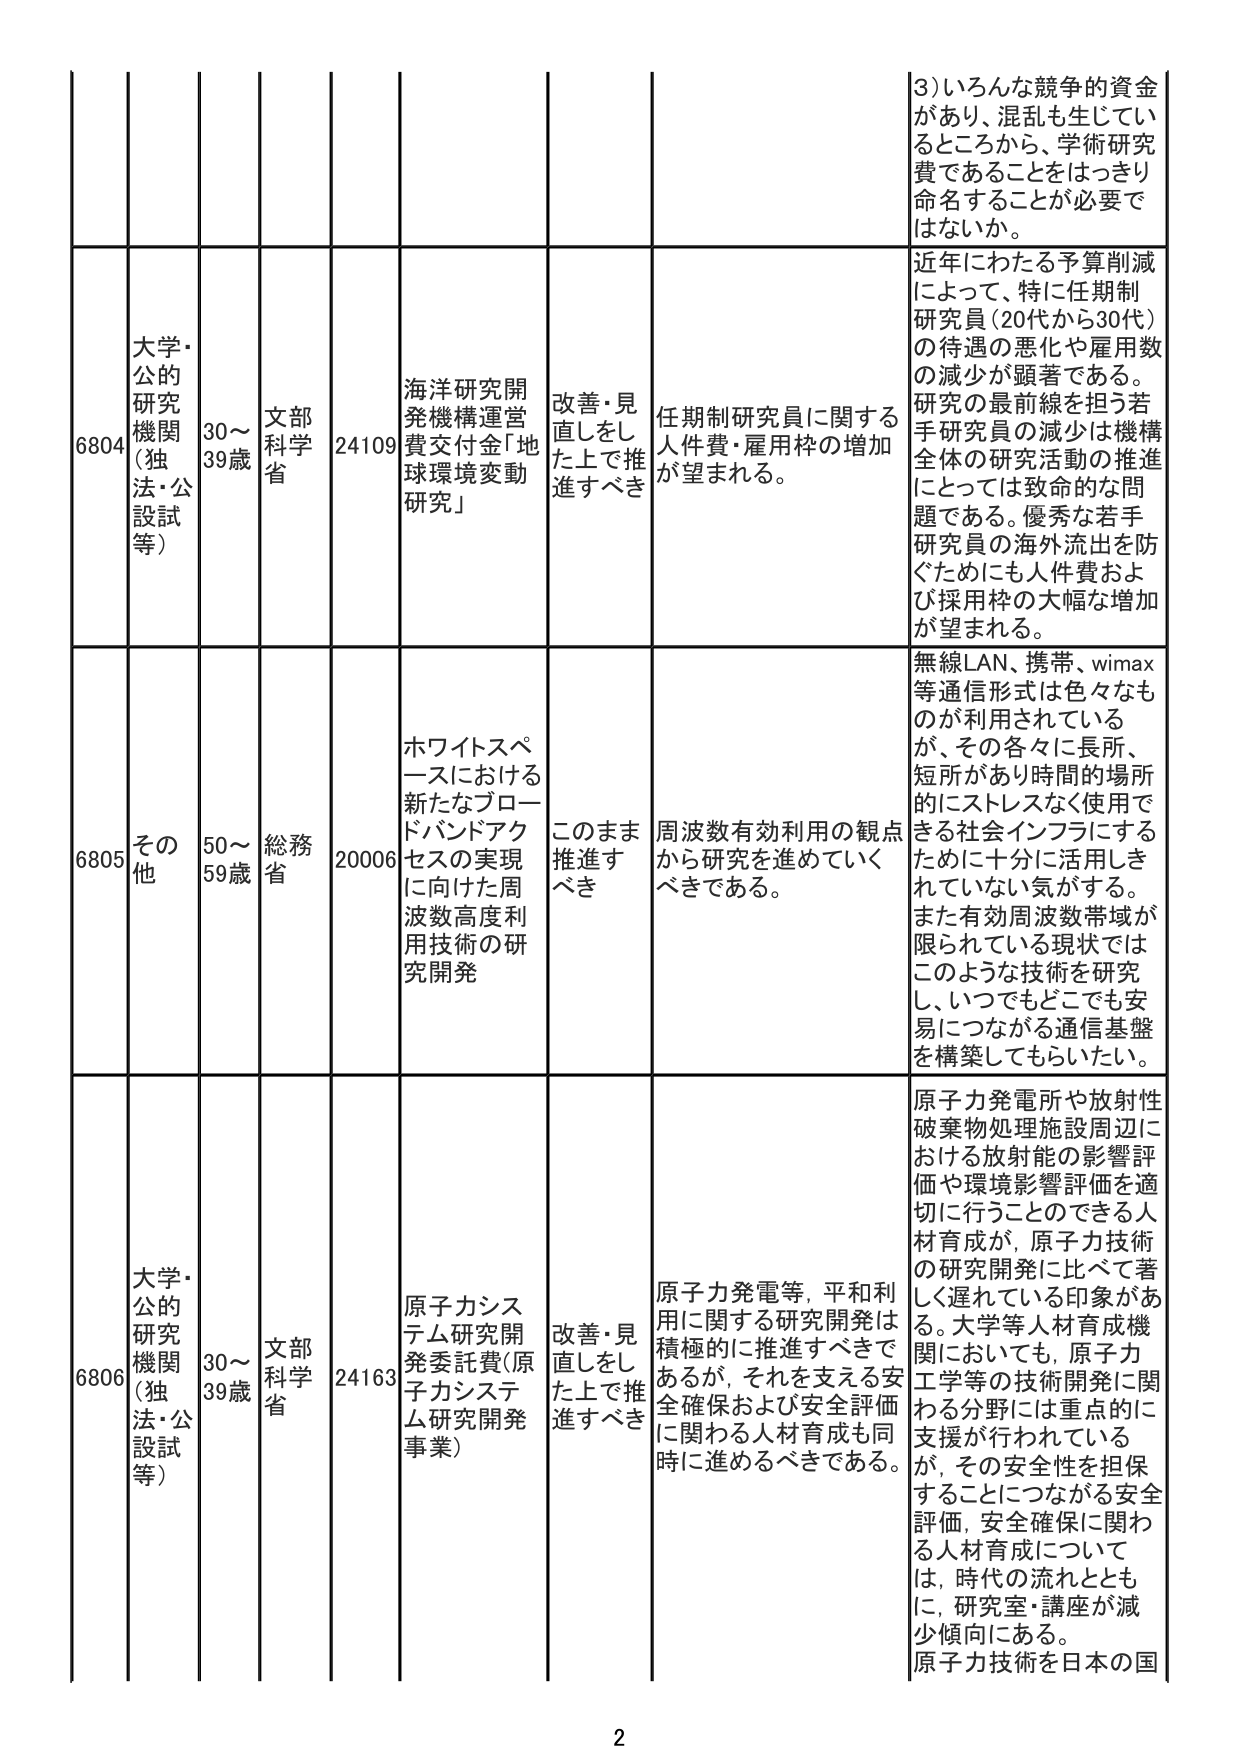
3)いろんな競争的資金
があり、混乱も生じてい
るところから、学術研究
費であることをはっきり
命名することが必要で
はないか。
近年にわたる予算削減
によって、特に任期制
研究員(20代から30代)
の待遇の悪化や雇用数
の減少が顕著である。
研究の最前線を担う若
手研究員の減少は機構
全体の研究活動の推進
にとっては致命的な問
題である。優秀な若手
研究員の海外流出を防
ぐためにも人件費およ
び採用枠の大幅な増加
が望まれる。
6804
大学・
公的
研究
機関
(独
法・公
設試
等)
30〜
39歳
文部
科学
省
24109
海洋研究開
発機構運営
費交付金「地
球環境変動
研究」
改善・見
直しをし
た上で推
進すべき
任期制研究員に関する
人件費・雇用枠の増加
が望まれる。
6805
その他
50〜
59歳
総務
省
20006
ホワイトスペ
ースにおける
新たなブロー
ドバンドアク
セスの実現
に向けた周
波数高度利
用技術の研
究開発
このまま
推進す
べき
周波数有効利用の観点
から研究を進めていく
べきである。
無線LAN、携帯、wimax
等通信形式は色々なも
のが利用されている
が、その各々に長所、
短所があり時間的場所
的にストレスなく使用で
きる社会インフラにする
ために十分に活用しき
れていない気がする。
また有効周波数帯域が
限られている現状では
このような技術を研究
し、いつでもどこでも安
易につながる通信基盤
を構築してもらいたい。
6806
大学・
公的
研究
機関
(独
法・公
設試
等)
30〜
39歳
文部
科学
省
24163
原子力システ
ム研究開
発委託費(原
子力システ
ム研究開発
事業)
改善・見
直しをし
た上で推
進すべき
原子力発電等、平和利
用に関する研究開発は
積極的に推進すべきで
あるが、それを支える安
全確保および安全評価
に関する人材育成も同
時に進めるべきである。
原子力発電所や放射性
破棄物処理施設周辺に
おける放射能の影響評
価や環境影響評価を適
切に行うことのできる人
材育成が、原子力技術
の研究開発に比べて著
しく遅れている印象があ
る。大学等人材育成機
関においても、原子力
工学等の技術開発に関
わる分野には重点的に
支援が行われている
が、その安全性を担保
することにつながる安全
評価、安全確保に関わ
る人材育成について
は、時代の流れととも
に、研究室・講座が減
少傾向にある。
原子力技術を日本の国
2